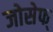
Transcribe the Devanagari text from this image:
जोसेफ्